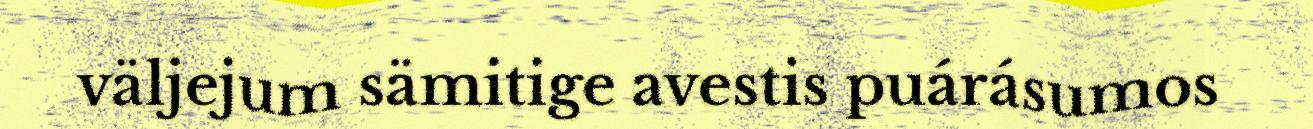
väljejum sämitige avestis puárásumos